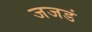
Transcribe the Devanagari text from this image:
जजडं